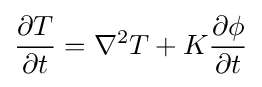
{\frac {\partial T}{\partial t}}=\nabla ^{2}T+K{\frac {\partial \phi }{\partial t}}